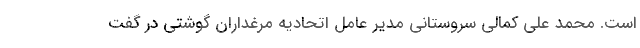
است. محمد علی کمالی سروستانی مدیر عامل اتحادیه مرغداران گوشتی در گفت